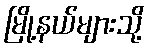
မြို့နယ်များသို့